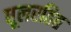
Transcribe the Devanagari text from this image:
धूलरहित